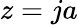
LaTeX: z=ja